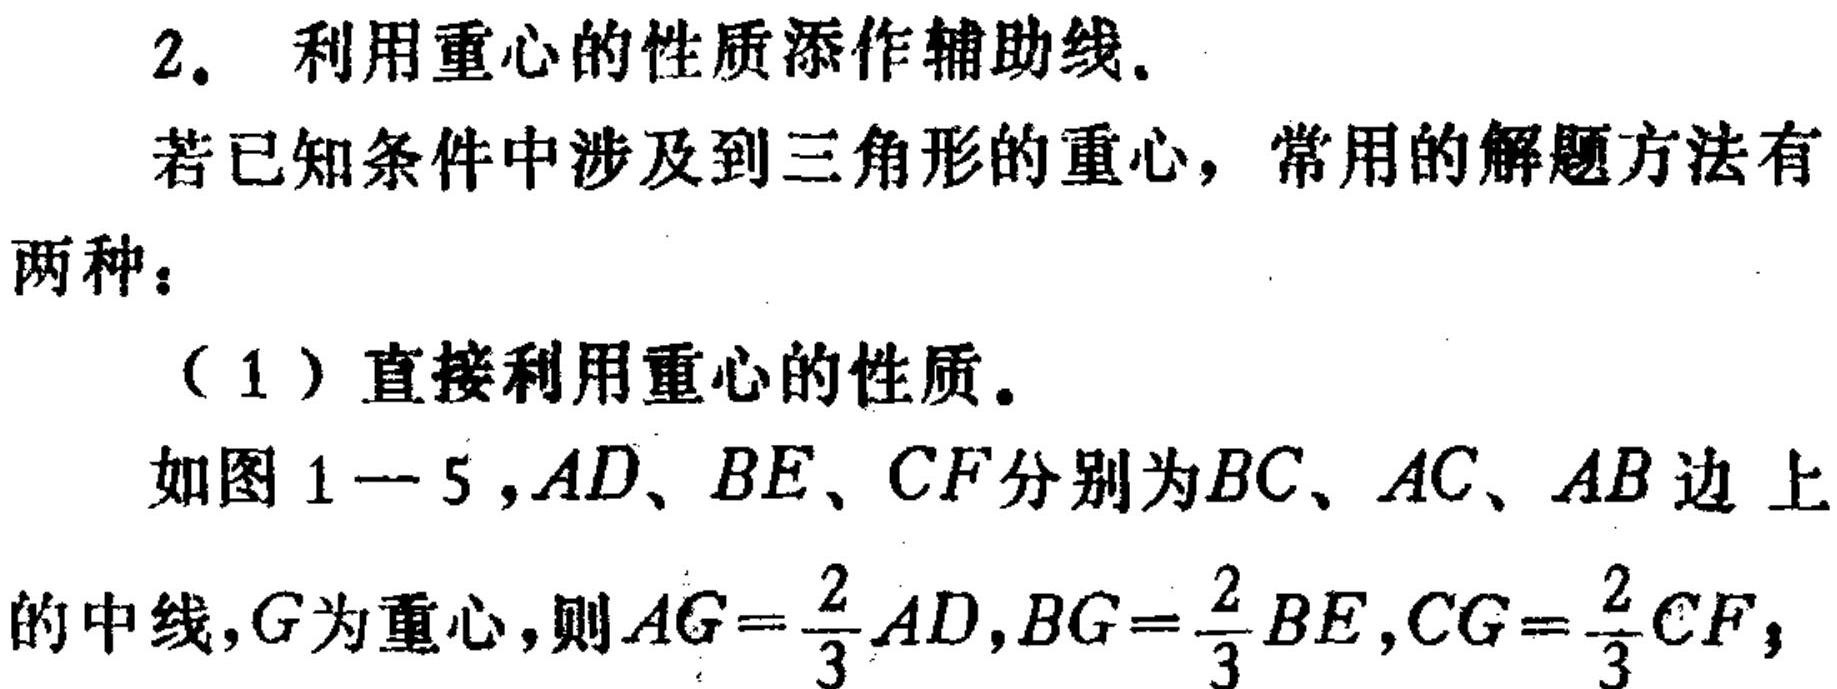
2. 利用重心的性质添作辅助线.
若已知条件中涉及到三角形的重心，常用的解题方法有两种：
（1）直接利用重心的性质。
如图1 - 5，\(AD\)、\(BE\)、\(CF\)分别为\(BC\)、\(AC\)、\(AB\)边上的中线，\(G\)为重心，则\(AG = \frac{2}{3}AD\)，\(BG = \frac{2}{3}BE\)，\(CG = \frac{2}{3}CF\)，